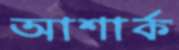
আশার্ক